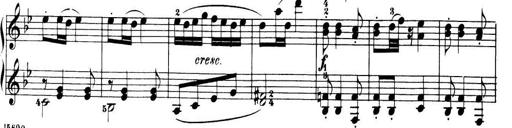
Title: 32 Sonatinas and Rondos for the Piano
Composer: Richard Kleinmichel